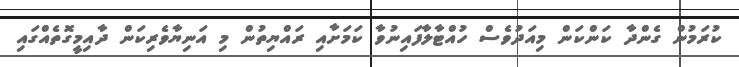
ކުރަމުން ގެންދާ ކަންކަން މިއަދުވެސް ހުއްޓާލާފައިނުވާ ކަމަށާއި ރައްޔިތުން މި އަނިޔާވެރިކަން ދާއިމީގޮތެއްގައި